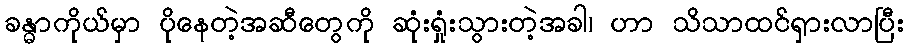
ခန္ဓာကိုယ်မှာ ပိုနေတဲ့အဆီတွေကို ဆုံးရှုံးသွားတဲ့အခါ၊ ဟာ သိသာထင်ရှားလာပြီး